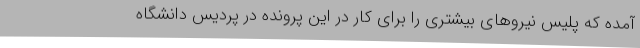
آمده که پلیس نیروهای بیشتری را برای کار در این پرونده در پردیس دانشگاه